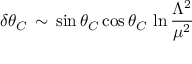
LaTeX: \delta \theta _ { C } \, \sim \, \sin \theta _ { C } \cos \theta _ { C } \, \ln \frac { \Lambda ^ { 2 } } { \mu ^ { 2 } }